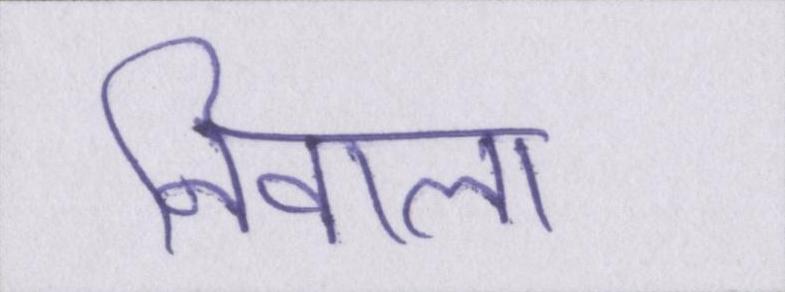
निवाला